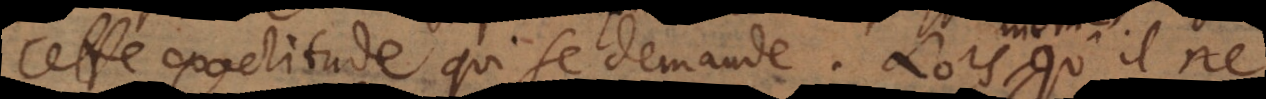
cette exactitude qui se demande. Lors qu’il ne